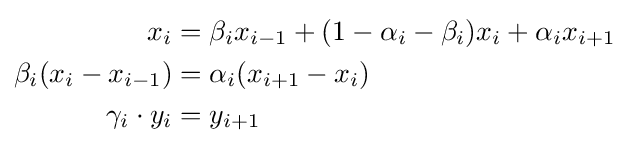
{\begin{aligned}x_{i}&=\beta _{i}x_{i-1}+(1-\alpha _{i}-\beta _{i})x_{i}+\alpha _{i}x_{i+1}\\\beta _{i}(x_{i}-x_{i-1})&=\alpha _{i}(x_{i+1}-x_{i})\\\gamma _{i}\cdot y_{i}&=y_{i+1}\end{aligned}}